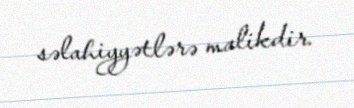
səlahiyyətlərə malikdir.